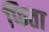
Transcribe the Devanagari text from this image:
फिता